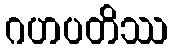
ဂဟပတိဿ